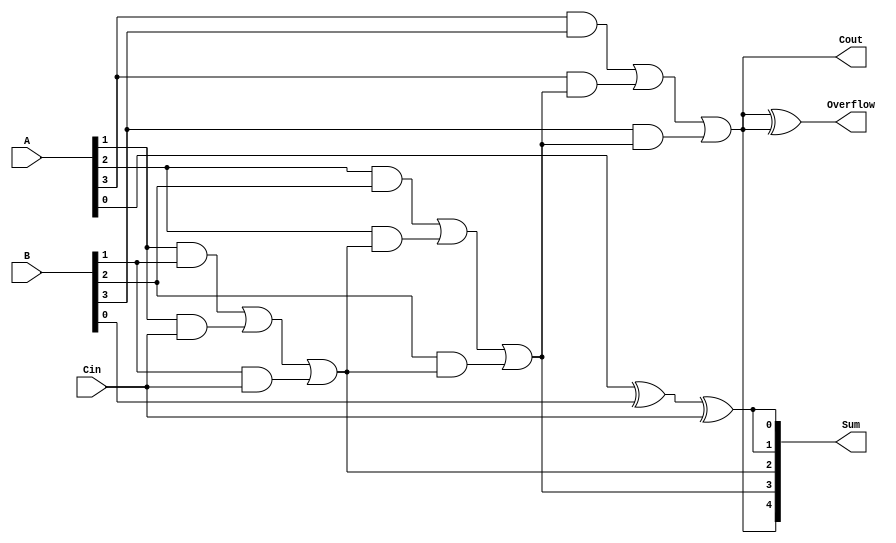
module CarryDetectAdder (
    input wire [3:0] A,
    input wire [3:0] B,
    input wire Cin,
    output reg [4:0] Sum,
    output reg Cout,
    output reg Overflow
);

reg [3:0] C;

always @(*) begin
    C[0] = A[0] ^ B[0] ^ Cin;
    C[1] = (A[1] & B[1]) | (A[1] & Cin) | (B[1] & Cin);
    C[2] = (A[2] & B[2]) | (A[2] & C[1]) | (B[2] & C[1]);
    C[3] = (A[3] & B[3]) | (A[3] & C[2]) | (B[3] & C[2]);
end

always @(*) begin
    Sum = {C[3], C[2], C[1], C[0], C[0]};
    Cout = C[3];
    Overflow = C[3] ^ Cout;
end

endmodule